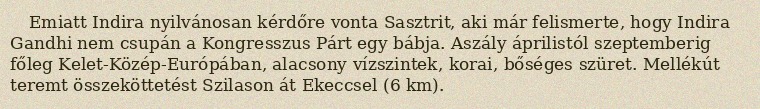
Emiatt Indira nyilvánosan kérdőre vonta Sasztrit, aki már felismerte, hogy Indira Gandhi nem csupán a Kongresszus Párt egy bábja. Aszály áprilistól szeptemberig főleg Kelet-Közép-Európában, alacsony vízszintek, korai, bőséges szüret. Mellékút teremt összeköttetést Szilason át Ekeccsel (6 km).